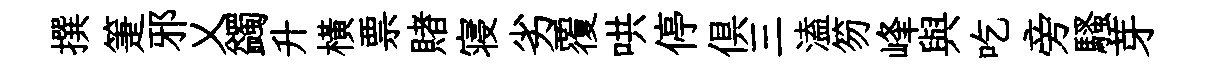
撰箑邪乂蠲升橫票賭寝劣覆哄停俱三溘笏峰與吃旁騷芽